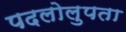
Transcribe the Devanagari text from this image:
पदलोलुपता